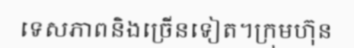
ទេសភាពនិងច្រើនទៀត។ក្រុមហ៊ុន